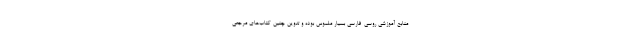
منابع آموزشی روسی-فارسی بسیار ملموس بوده و تدوین چنین کتاب‌های مرجعی